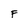
Character: F